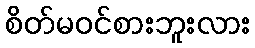
စိတ်မဝင်စားဘူးလား